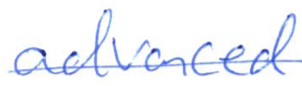
Text: advanced
Cross-out: single-line
Writing tool: ballpoint